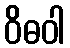
ဝိဓဝါ